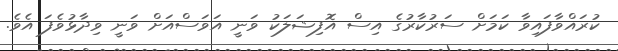
ކުރައްވާފައިވާ ކަމަށް ސަރުކާރުގެ އިސް އޮފިޝަލަކު ވަނީ އަވަސްއަށް ވަނީ ވިދާޅުވެފަ އެވެ.